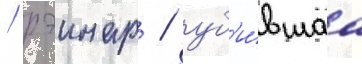
/ рэинар / уб'и́вшаа